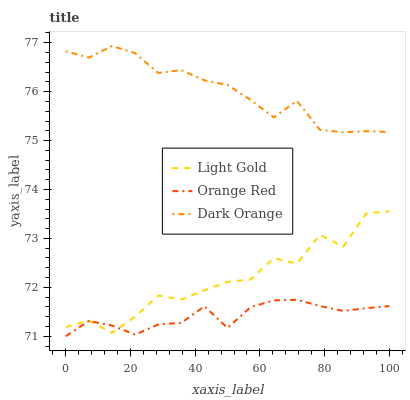
| xaxis_label | Light Gold | Orange Red | Dark Orange |
 | --- | --- | --- | --- |
 | 0 | 71.2 | 71 | 76.8 |
 | 7.14 | 71.3 | 71.3 | 76.7 |
 | 14.3 | 71.1 | 71.2 | 76.9 |
 | 21.4 | 71.4 | 71 | 76.8 |
 | 28.6 | 71.8 | 71.2 | 76.4 |
 | 35.7 | 71.7 | 71.3 | 76.4 |
 | 42.9 | 71.9 | 71.6 | 76.2 |
 | 50 | 72.1 | 71.2 | 76.1 |
 | 57.1 | 72.2 | 71.6 | 75.8 |
 | 64.3 | 72.6 | 71.7 | 75.5 |
 | 71.4 | 72.5 | 71.7 | 75.8 |
 | 78.6 | 73.1 | 71.6 | 75.2 |
 | 85.7 | 72.8 | 71.5 | 75.2 |
 | 92.9 | 73.5 | 71.6 | 75.2 |
 | 100 | 73.6 | 71.6 | 75.2 |